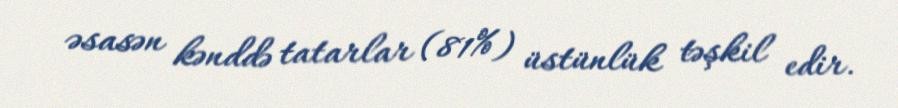
əsasən kənddə tatarlar (81%) üstünlük təşkil edir.